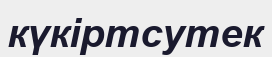
күкіртсутек